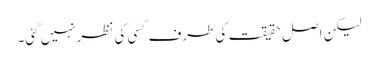
لیکن اصل حقیقت کی طرف کسی کی نظرنہیں گئی۔